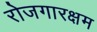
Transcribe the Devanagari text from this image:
रोजगारक्षम